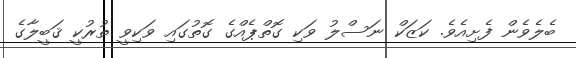
ބެލެވެން ފެށިއެވެ. ކަޒަކް ނަސްލު ވަކި ގޮތްޕެއްގެ ގޮތުގައި ވަކިވީ ތުރުކީ ޤަބީލާގެ